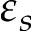
\varepsilon _ { s }